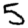
Digit: 5